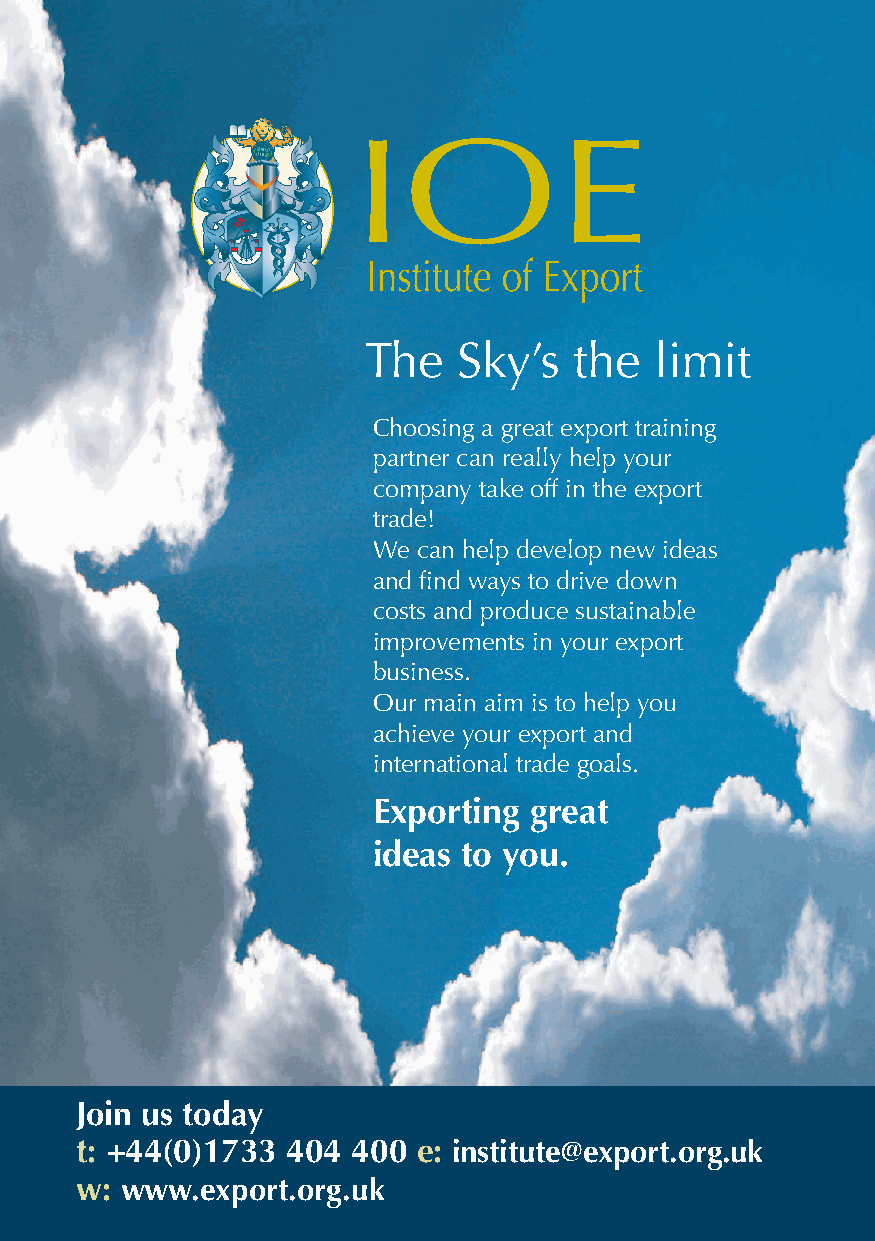
I
 The   Sky’s   the  limit
 Choosing a great export training
 partner can really help your
 company take off in the export
 trade!
 We can help develop new ideas
 and find ways to drive down
 costs and produce sustainable
 improvements in your export
 business.
 Our main aim is to help you
 achieve your export and
 international trade goals.
 Exporting great
 ideas to you.
 Join us today
 t: +44(0)1733 404 400  e: institute@export.org.uk
 w: www.export.org.uk